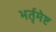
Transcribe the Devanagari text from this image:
भर्तृमेष्ट